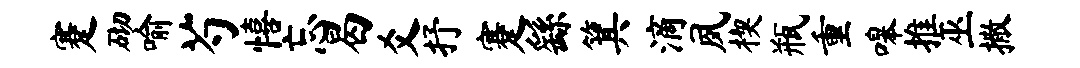
蹇砌喻芍僖忘曷爻抒蹇繇箕滴夙楔瓶重嗥推巫撒